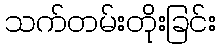
သက်တမ်းတိုးခြင်း